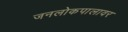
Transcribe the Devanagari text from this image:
जनलोकपालावर